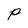
Character: p